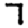
Digit: 7